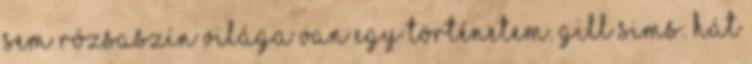
sem rózsaszín világa Van egy történetem. Gill Sims: Hát